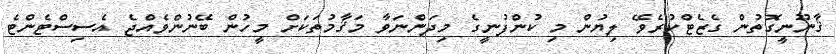
ޤާނޫނީގޮތުން ގެޒެޓްކުރެވޭ ލިޔުން މި ކުންފުނީގެ މިދަންނަވާ މަޤާމުތަކަށް މީހުން ބޭނުންވެއްޖެ އެސިސްޓެންޓެ